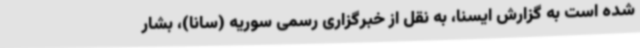
شده است به گزارش ایسنا، به نقل از خبرگزاری رسمی سوریه (سانا)، بشار